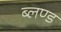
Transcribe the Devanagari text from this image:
ब्लण्ड